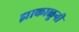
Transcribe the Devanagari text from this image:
झाकाळुनी